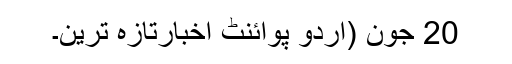
20 جون (اُردو پوائنٹ اخبارتازہ ترین۔